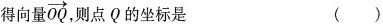
得向量\overrightarrow{OQ}，则点Q的坐标是 ()